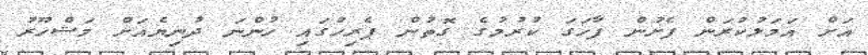
އަށް އަމަލުކުރަން ފެށުން ފާހަގަ ކުރުމުގެ ގޮތުން ޕެރިހުގައި ހުންނަ ދުނިޔެއަށް މަޝްހޫރު